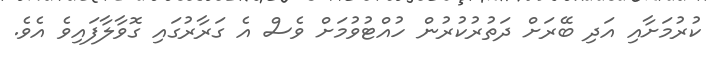
ކުރުމަށާއި އަދި ބޭރަށް ދަތުރުކުރުން ހުއްޓުވުމަށް ވެސް އެ ގަރާރުގައި ގޮވާލާފައިވެ އެވެ.